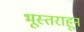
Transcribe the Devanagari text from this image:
भूस्तराहून